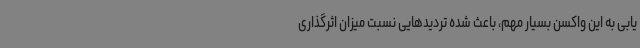
یابی به این واکسن بسیار مهم، باعث شده تردیدهایی نسبت میزان اثرگذاری